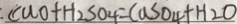
C u O + H _ { 2 } S O _ { 4 } = C u S O _ { 4 } + H _ { 2 } 0